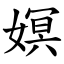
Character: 嫇